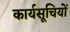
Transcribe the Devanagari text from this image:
कार्यसूचियों